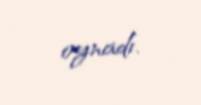
oynadı.